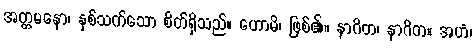
အတ္တမနော၊ နှစ်သက်သော စိတ်ရှိသည်။ ဟောမိ၊ ဖြစ်၏။ နာဂိတ၊ နာဂိတ။ အဟံ၊